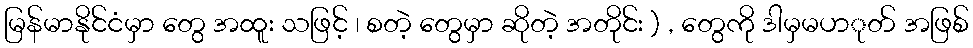
မြန်မာနိုင်ငံမှာ တွေ အထူး သဖြင့် ၊ စတဲ့ တွေမှာ ဆိုတဲ့ အတိုင်း ) , တွေကို ဒါမှမပာုတ် အဖြစ်